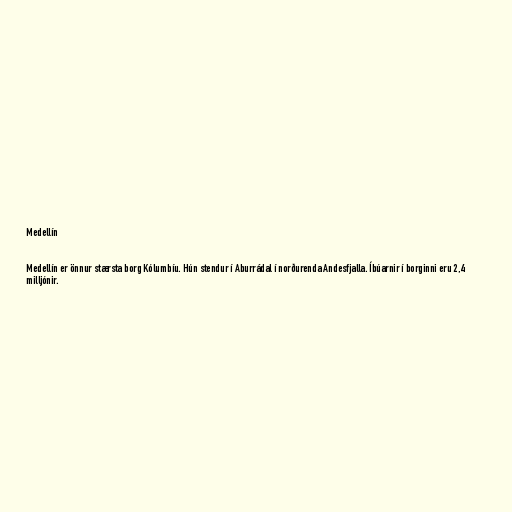
Medellín

Medellín er önnur stærsta borg Kólumbíu. Hún stendur í Aburrádal í norðurenda Andesfjalla. Íbúarnir í borginni eru 2,4
milljónir.